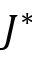
J ^ { * }